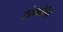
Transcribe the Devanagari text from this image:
ठोकोनि